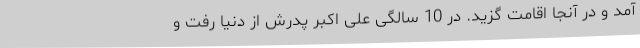
آمد و در آنجا اقامت گزید. در 10 سالگی علی اکبر پدرش از دنیا رفت و